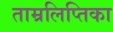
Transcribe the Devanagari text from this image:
ताम्रलिप्तिका